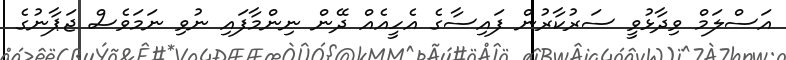
އަސްލަމް ވިދާޅުވީ ސަރުކާރުން ފައިސާގެ އެހީއެއް ދޭން ނިންމާފައި ނުވި ނަމަވެސް ޖަޕާނުގެ